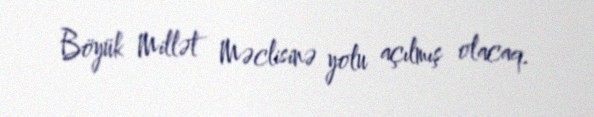
Böyük Millət Məclisinə yolu açılmış olacaq.